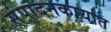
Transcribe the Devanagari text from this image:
संपादनकार्यात